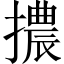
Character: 擃